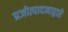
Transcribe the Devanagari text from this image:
प्रजोत्पादनाद्वारे